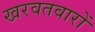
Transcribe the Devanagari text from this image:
खरवतवारों